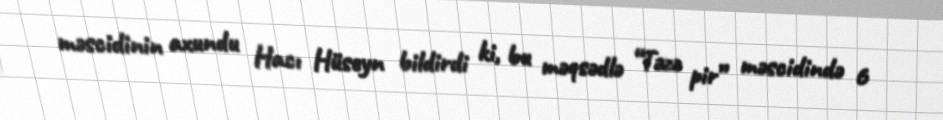
məscidinin axundu Hacı Hüseyn bildirdi ki, bu məqsədlə “Təzə pir” məscidində 6